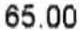
65.00